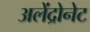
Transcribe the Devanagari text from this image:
अलेंद्रोनेट